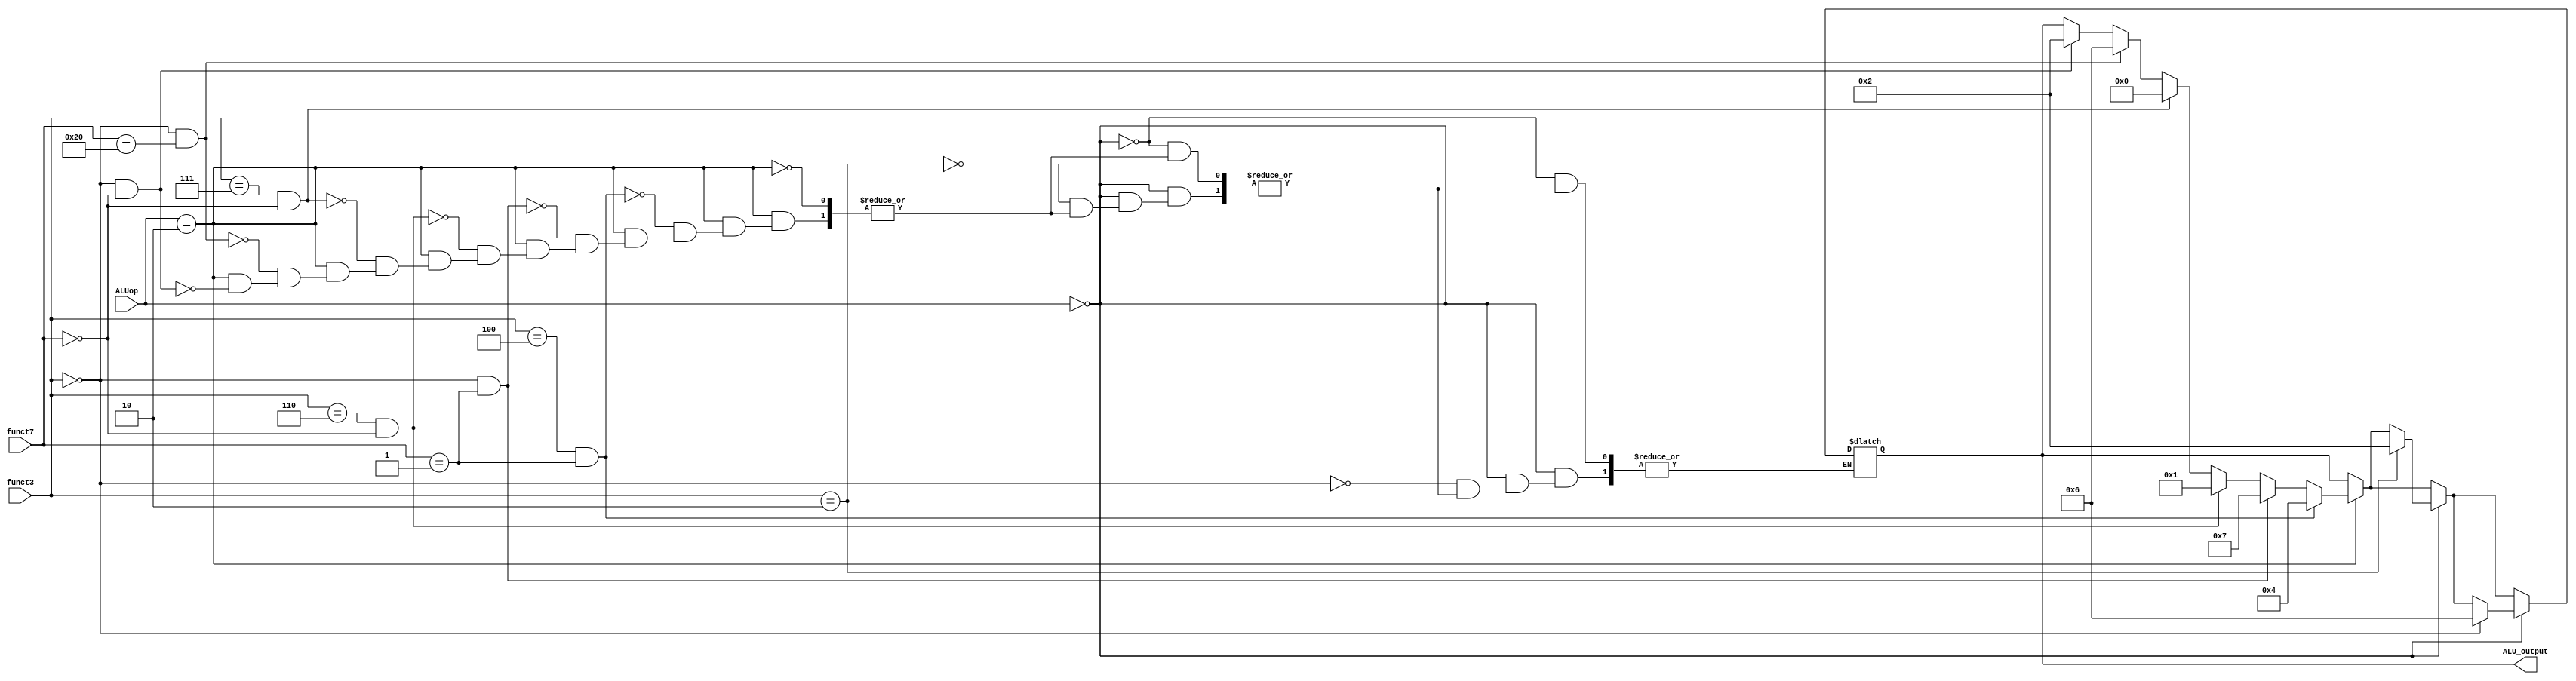
`timescale 1ns / 1ps

module ALU_control(ALUop, funct7, funct3, ALU_output);
    input [1:0] ALUop;
    input [6:0] funct7;
    input [2:0] funct3;
    output reg [3:0] ALU_output;

    reg [1:0] R_TYPE, LOAD, STORE, BRANCH, opcode;
    
        

    always @* begin

        // instruction type opcodes
        // R_TYPE = 2'b10;
        // LOAD = 2'b00;
        // STORE = 2'00;
        // BRANCH = 2'b01;


        // R-TYPE
        if (ALUop == 2'b10) begin
            // instruction add
            if ((funct3 == 3'b000) && (funct7 == 7'b0000000)) begin
                ALU_output = 4'b0010;
            end

            // instruction subtract
            if ((funct3 == 3'b000) && (funct7 == 7'b0100000)) begin
                ALU_output = 4'b0110;
            end

            // instruction AND
            if ((funct3 == 3'b111) && (funct7 == 7'b0000000)) begin
                ALU_output = 4'b0000;
            end

            // instruction OR
            if ((funct3 == 3'b110) && (funct7 == 7'b0000000)) begin
                ALU_output = 4'b0001;
            end

            // instruction multiply
            if ((funct3 == 3'b000) && (funct7 == 7'b0000001)) begin
                ALU_output = 4'b0111;
            end

            // instruction division
            if ((funct3 == 3'b100) && (funct7 == 7'b0000001)) begin
                ALU_output = 4'b0100;
            end

        end

        // LOAD and STORE
        if (ALUop == 2'b00) begin
            // instruction lw and sw
            if (funct3 == 3'b010) begin
                ALU_output = 4'b0010;
            end
        end

        // BRANCH
        if (ALUop == 2'b00) begin
            // instruction beq
            if (funct3 == 3'b000) begin
                ALU_output = 4'b0110;
            end
        end
    end


endmodule